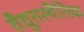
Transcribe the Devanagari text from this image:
वैद्युतस्थैतिक